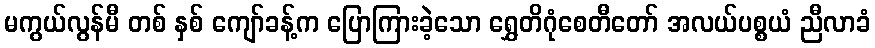
မကွယ်လွန်မီ တစ် နှစ် ကျော်ခန့်က ပြောကြားခဲ့သော ရွှေတိဂုံစေတီတော် အလယ်ပစ္စယံ ညီလာခံ